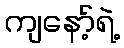
ကျနော့်ရဲ့